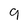
Character: 9